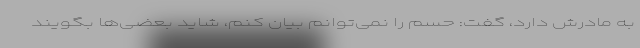
به مادرش دارد، گفت: حسم را نمی‌توانم بیان کنم، شاید بعضی‌ها بگویند